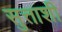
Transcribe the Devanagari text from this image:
सुत्ताशी